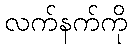
လက်နက်ကို